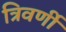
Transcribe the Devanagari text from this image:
त्रिवर्णी